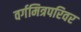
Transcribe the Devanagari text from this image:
वर्गमित्रपरिवर